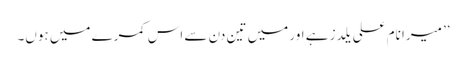
’’ میرا نام علی یلدز ہے اور میں تین دن سے اس کمرے میں ہوں۔